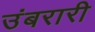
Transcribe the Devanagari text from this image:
उंबरारी